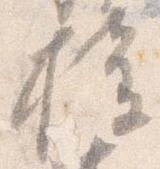
権